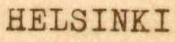
HELSINKI